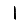
Digit: 1